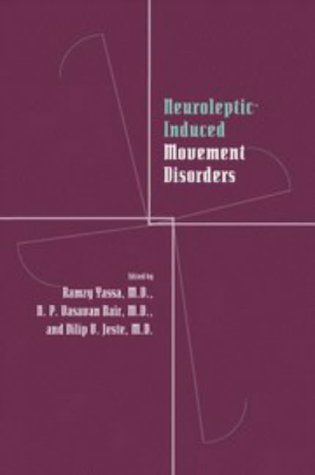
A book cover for Neuroleptic-induced Movement Disorders: A Comprehensive Survey; Medical Books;